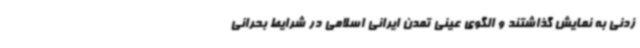
زدنی به نمایش گذاشتند و الگوی عینی تمدن ایرانی اسلامی در شرایط بحرانی